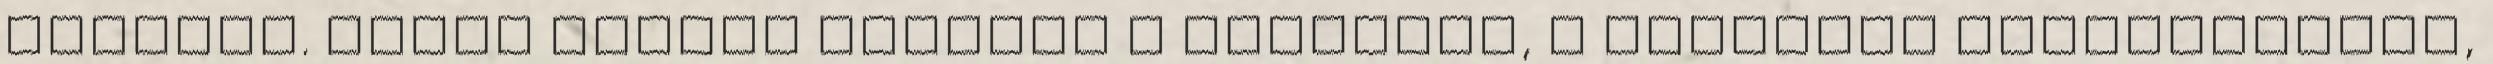
nyeltem. Ahogy faltuk egymást a szánkkal, ő közelebb fészkelődött,